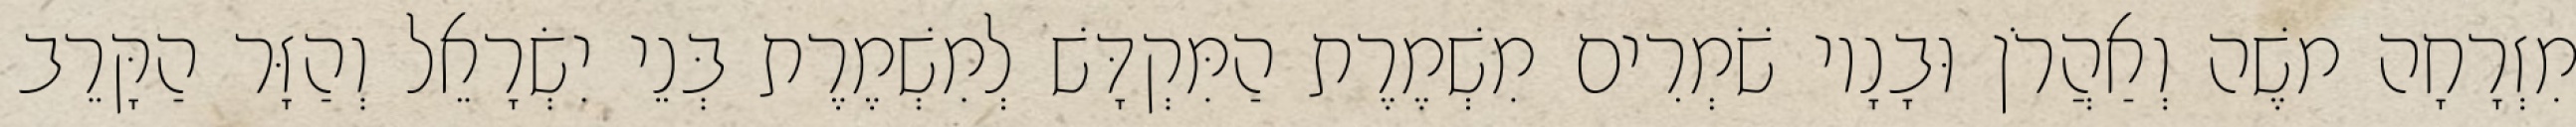
מִזְרָחָה משֶׁה וְאַהֲרֹן וּבָנָיו שֹׁמְרִים מִשְׁמֶרֶת הַמִּקְדָּשׁ לְמִשְׁמֶרֶת בְּנֵי יִשְׂרָאֵל וְהַזָּר הַקָּרֵב